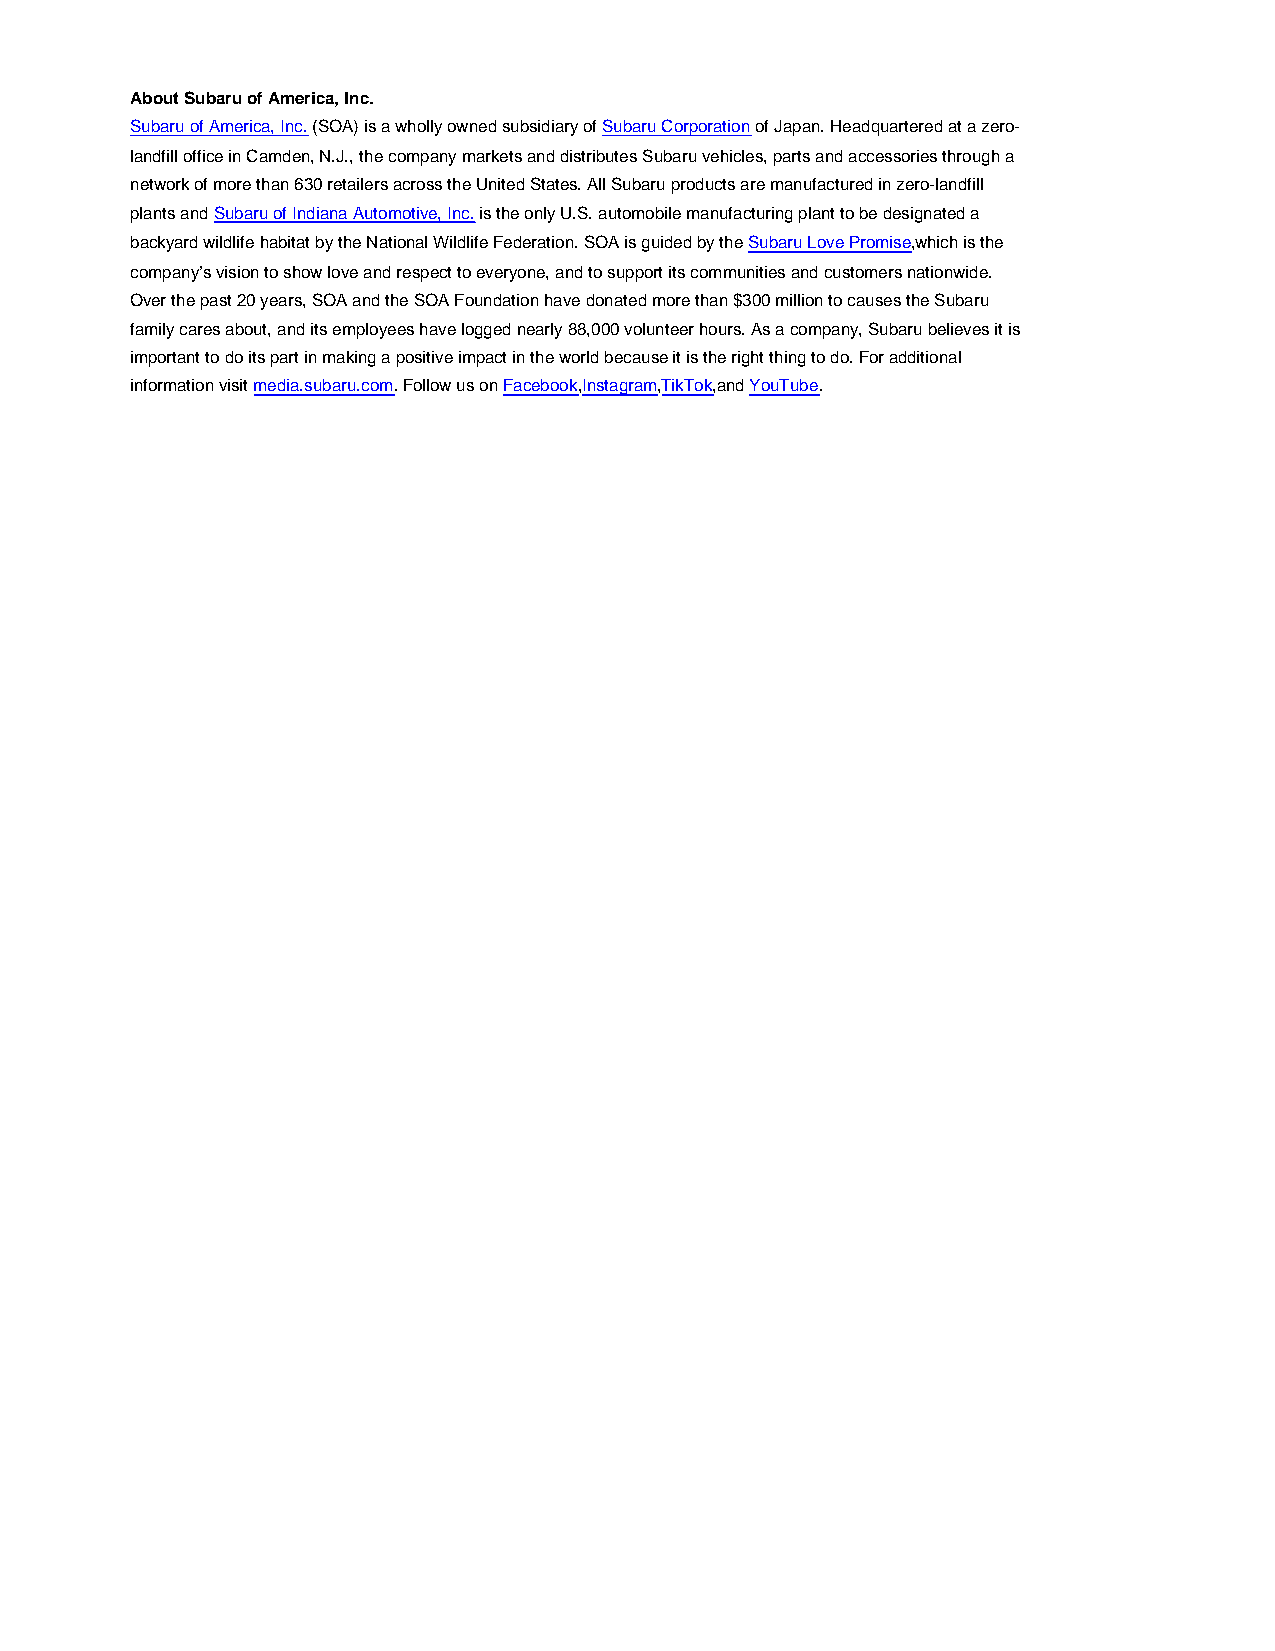
About Subaru of America, Inc.
 Subaru of America, Inc. (SOA) is a wholly owned subsidiary of Subaru Corporation of Japan. Headquartered at a zero-
 landfill office in Camden, N.J., the company markets and distributes Subaru vehicles, parts and accessories through a
 network of more than 630 retailers across the United States. All Subaru products are manufactured in zero-landfill
 plants and Subaru of Indiana Automotive, Inc. is the only U.S. automobile manufacturing plant to be designated a
 backyard wildlife habitat by the National Wildlife Federation. SOA is guided by the Subaru Love Promise,which is the
 company’s vision to show love and respect to everyone, and to support its communities and customers nationwide.
 Over the past 20 years, SOA and the SOA Foundation have donated more than $300 million to causes the Subaru
 family cares about, and its employees have logged nearly 88,000 volunteer hours. As a company, Subaru believes it is
 important to do its part in making a positive impact in the world because it is the right thing to do. For additional
 information visit media.subaru.com. Follow us on Facebook,Instagram,TikTok,and YouTube.